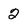
Character: 2